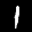
Label: 1